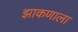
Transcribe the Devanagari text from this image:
झाकणाला